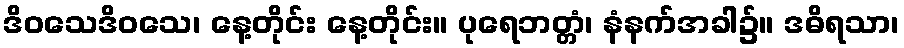
ဒိဝသေဒိဝသေ၊ နေ့တိုင်း နေ့တိုင်း။ ပုရေဘတ္တံ၊ နံနက်အခါ၌။ ဒဓိရသာ၊